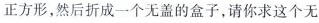
正方形，然后折成一个无盖的盒子，请你求这个无